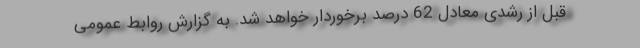
قبل از رشدی معادل 62 درصد برخوردار خواهد شد. به گزارش روابط عمومی